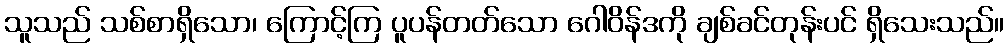
သူသည် သစ်စာရှိသော၊ ကြောင့်ကြ ပူပန်တတ်သော ဂေါဝိန်ဒကို ချစ်ခင်တုန်းပင် ရှိသေးသည်။